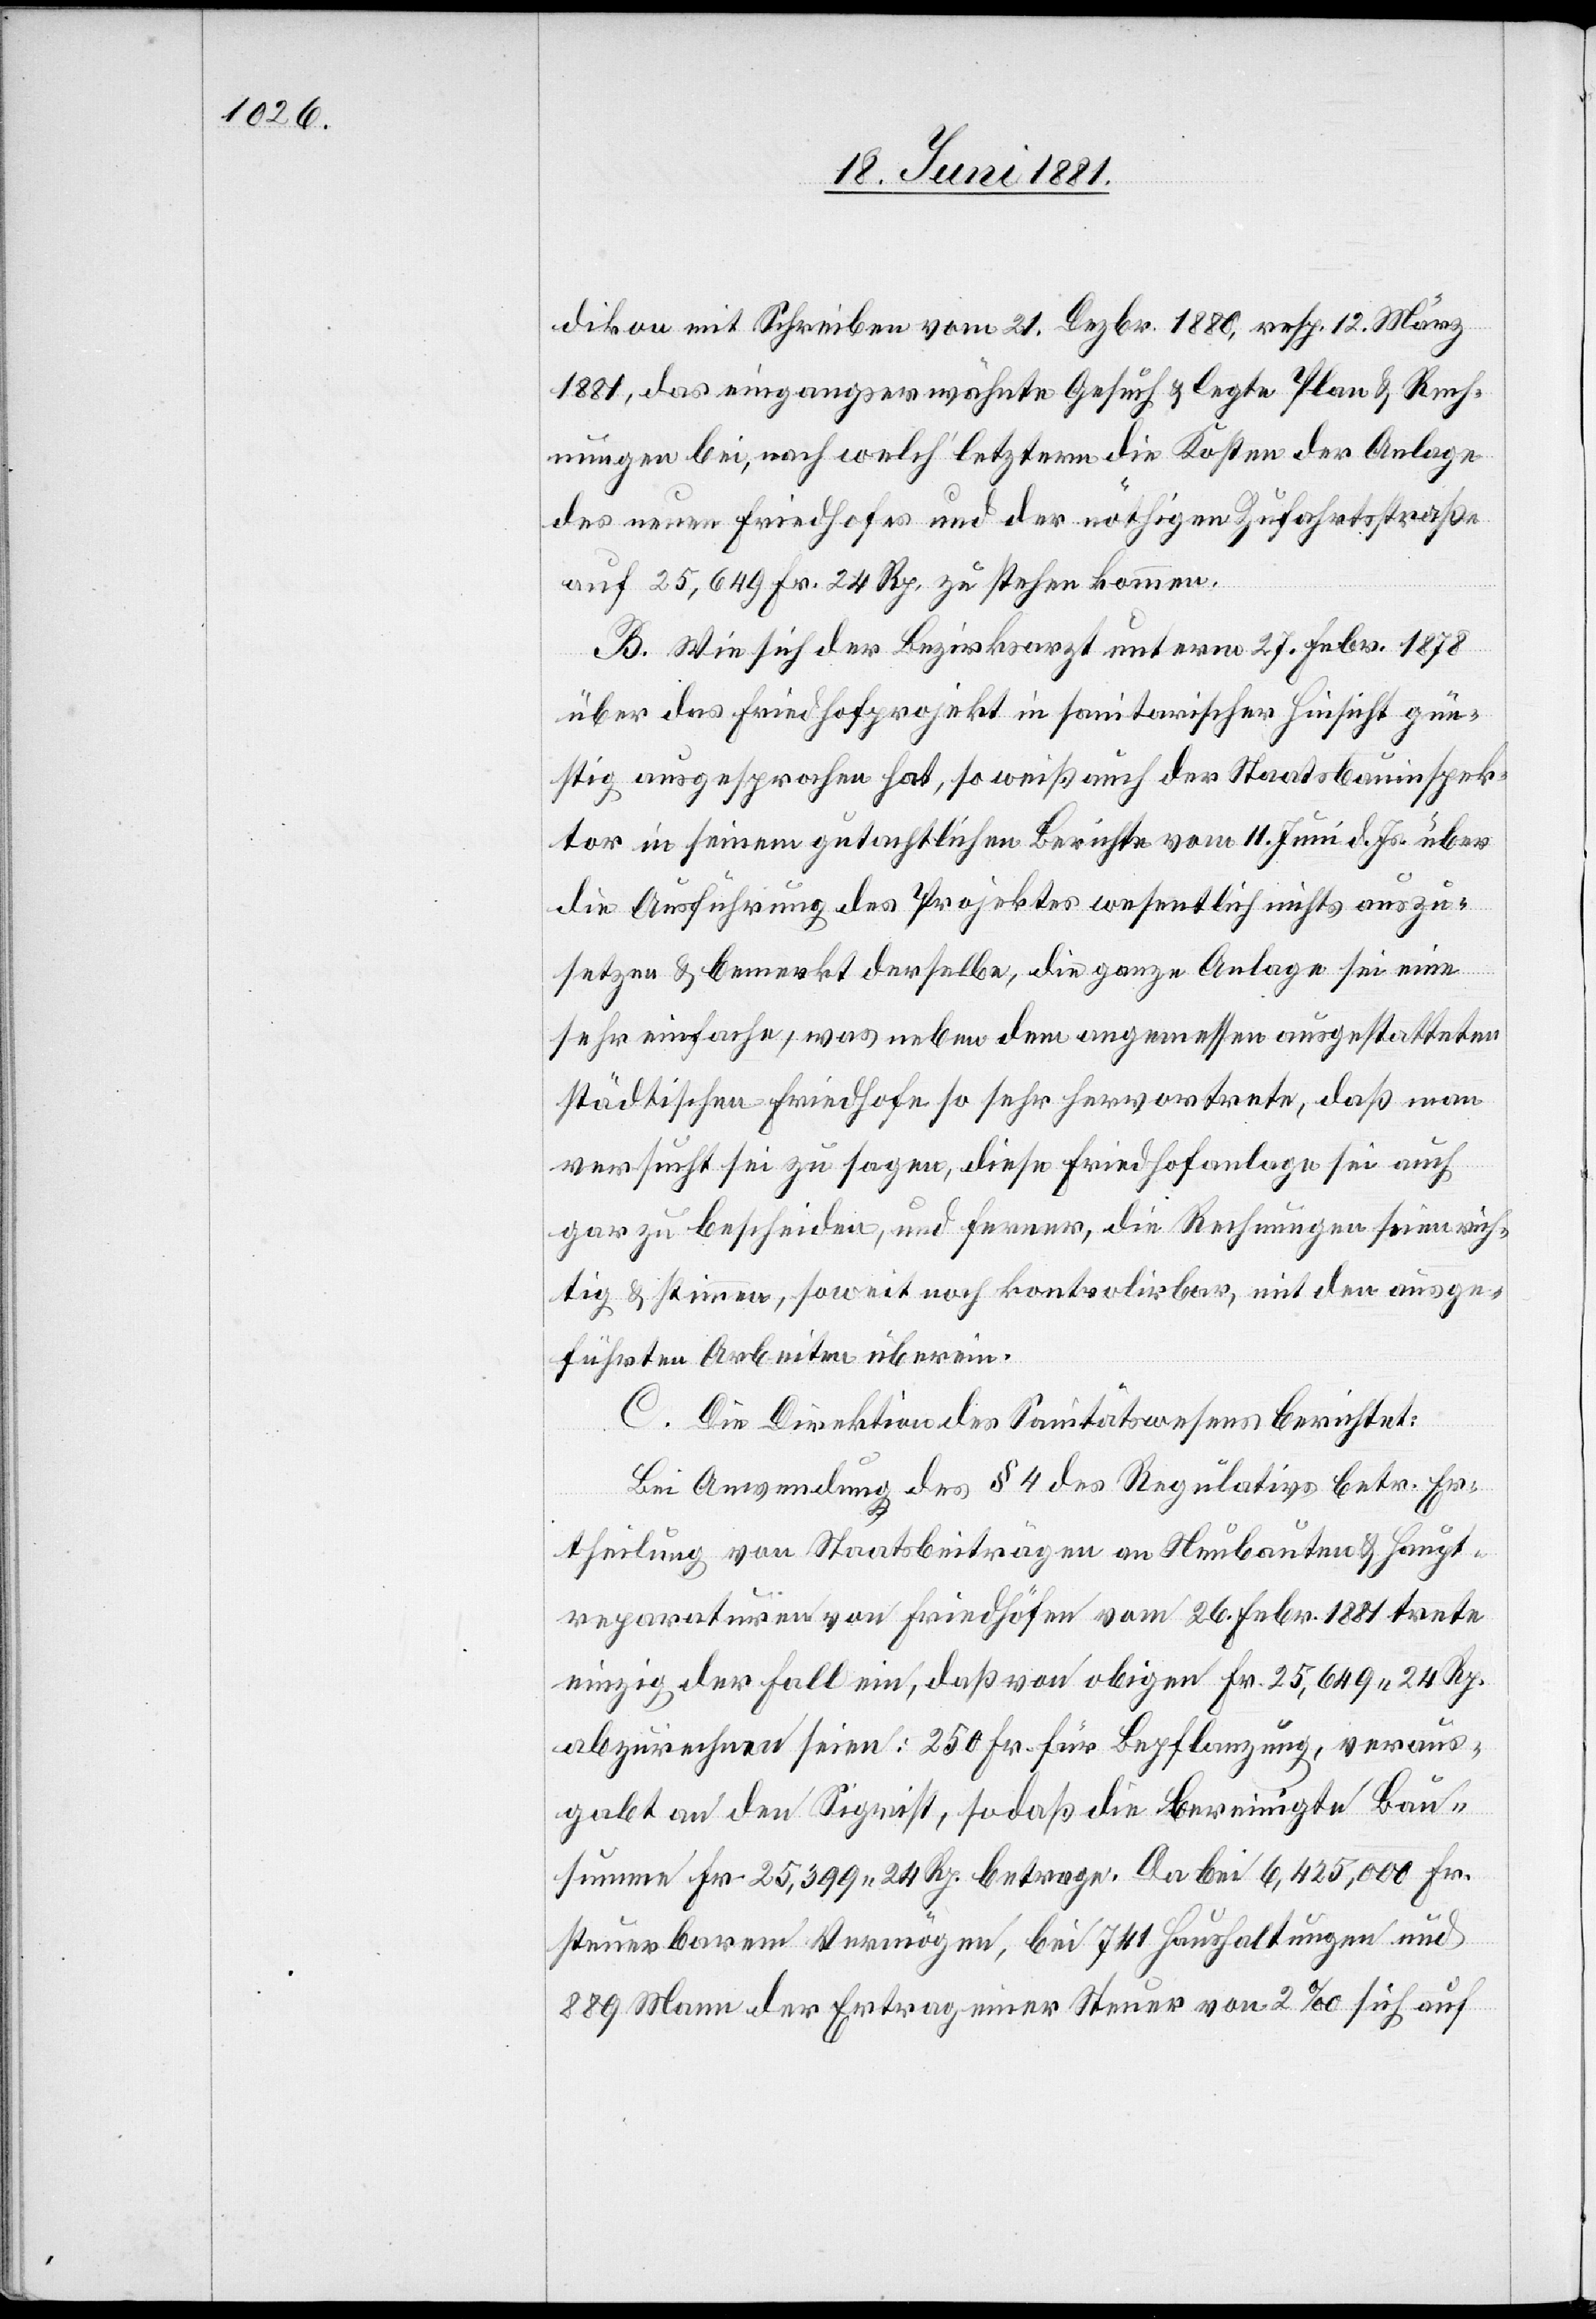
dikon mit Schreiben vom 21. Dezbr. 1880, resp. 12. März
1881, das eingangserwähnte Gesuch & legte Plan & Rech¬
nungen bei, nach welch’ letzterm die Kosten der Anlage
des neuen Friedhofes und der nöthigen Zufahrtsstraße
auf 25,649 Fr. zu stehen kommen.
B. Wie sich der Bezirksarzt unterm 27. Febr. 1878
über das Friedhofprojekt in sanitarischer Hinsicht gün¬
stig ausgesprochen hat, so weiß auch der Staatsbauinspek¬
tor in seinem gutachtlichen Berichte vom 11. Juni d. Js. über
die Ausführung des Projektes wesentlich nichts auszu¬
setzen & bemerkt derselbe, die ganze Anlage sei eine
sehr einfache, was neben dem angemessen ausgestatteten
städtischen Friedhofe so sehr hervortrete, daß man
versucht sei zu sagen, diese Friedhofanlage sei auch
gar zu bescheiden, und ferner, die Rechnungen seien rich¬
tig & stimmen, soweit noch kontrolirbar, mit den ausge¬
führten Arbeiten überein.
C. Die Direktion des Sanitätswesens berichtet:
Bei Anwendung des § 4 des Regulatives betr. Er¬
theilung von Staatsbeiträgen an Neubauten & Haupt¬
reparaturen von Friedhöfen vom 26. Febr. 1881 trete
einzig der Fall ein, daß von obigen Fr. 25,649 24 Rp.
abzurechnen seien: 250 Fr. für Bepflanzung, veraus¬
gabt an den Sigrist, sodaß die bereinigte Bau¬
summe Fr. 25,399 24 Rp. betrage. Da bei 6,425,000 Fr.
steuerbarem Vermögen, bei 741 Haushaltungen und
889 Mann der Ertrag einer Steuer von 2‰ sich auf